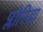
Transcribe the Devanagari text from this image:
प्लोरिडा